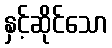
နှင့်ဆိုင်သော